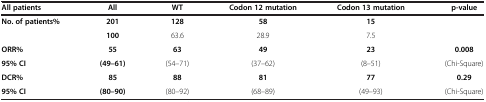
<table><thead><tr><td><b>All patients</b></td><td><b>All</b></td><td><b>WT</b></td><td><b>Codon 12 mutation</b></td><td><b>Codon 13 mutation</b></td><td><b>p-value</b></td></tr></thead><tbody><tr><td rowspan="2"><b>No. of patients%</b></td><td><b>201</b></td><td><b>128</b></td><td><b>58</b></td><td><b>15</b></td><td rowspan="2"> </td></tr><tr><td><b>100</b></td><td>63.6</td><td>28.9</td><td>7.5</td></tr><tr><td><b>ORR%</b></td><td><b>55</b></td><td><b>63</b></td><td><b>49</b></td><td><b>23</b></td><td><b>0.008</b></td></tr><tr><td><b>95% CI</b></td><td><b>(49–61)</b></td><td>(54–71)</td><td>(37–62)</td><td>(8–51)</td><td>(Chi-Square)</td></tr><tr><td><b>DCR%</b></td><td><b>85</b></td><td><b>88</b></td><td><b>81</b></td><td><b>77</b></td><td><b>0.29</b></td></tr><tr><td><b>95% CI</b></td><td><b>(80–90)</b></td><td>(80–92)</td><td>(68–89)</td><td>(49–93)</td><td>(Chi-Square)</td></tr></tbody></table>